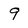
Character: 9